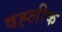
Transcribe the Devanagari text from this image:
वह्लीक